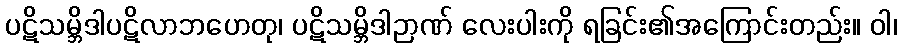
ပဋိသမ္ဘိဒါပဋိလာဘဟေတု၊ ပဋိသမ္ဘိဒါဉာဏ် လေးပါးကို ရခြင်း၏အကြောင်းတည်း။ ဝါ၊